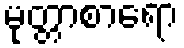
မုတ္တာစာရော